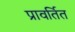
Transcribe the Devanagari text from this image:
प्रावर्तित